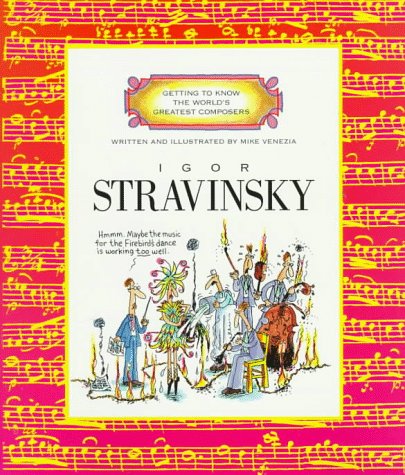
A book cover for Igor Stravinsky (Getting to Know the World's Greatest Composers); Mike Venezia; Children's Books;